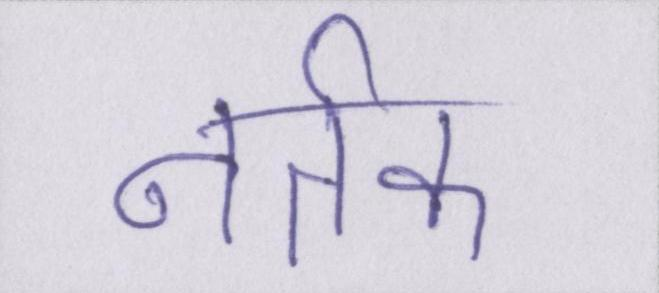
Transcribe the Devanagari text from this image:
नर्तक